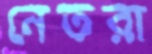
নেতরা